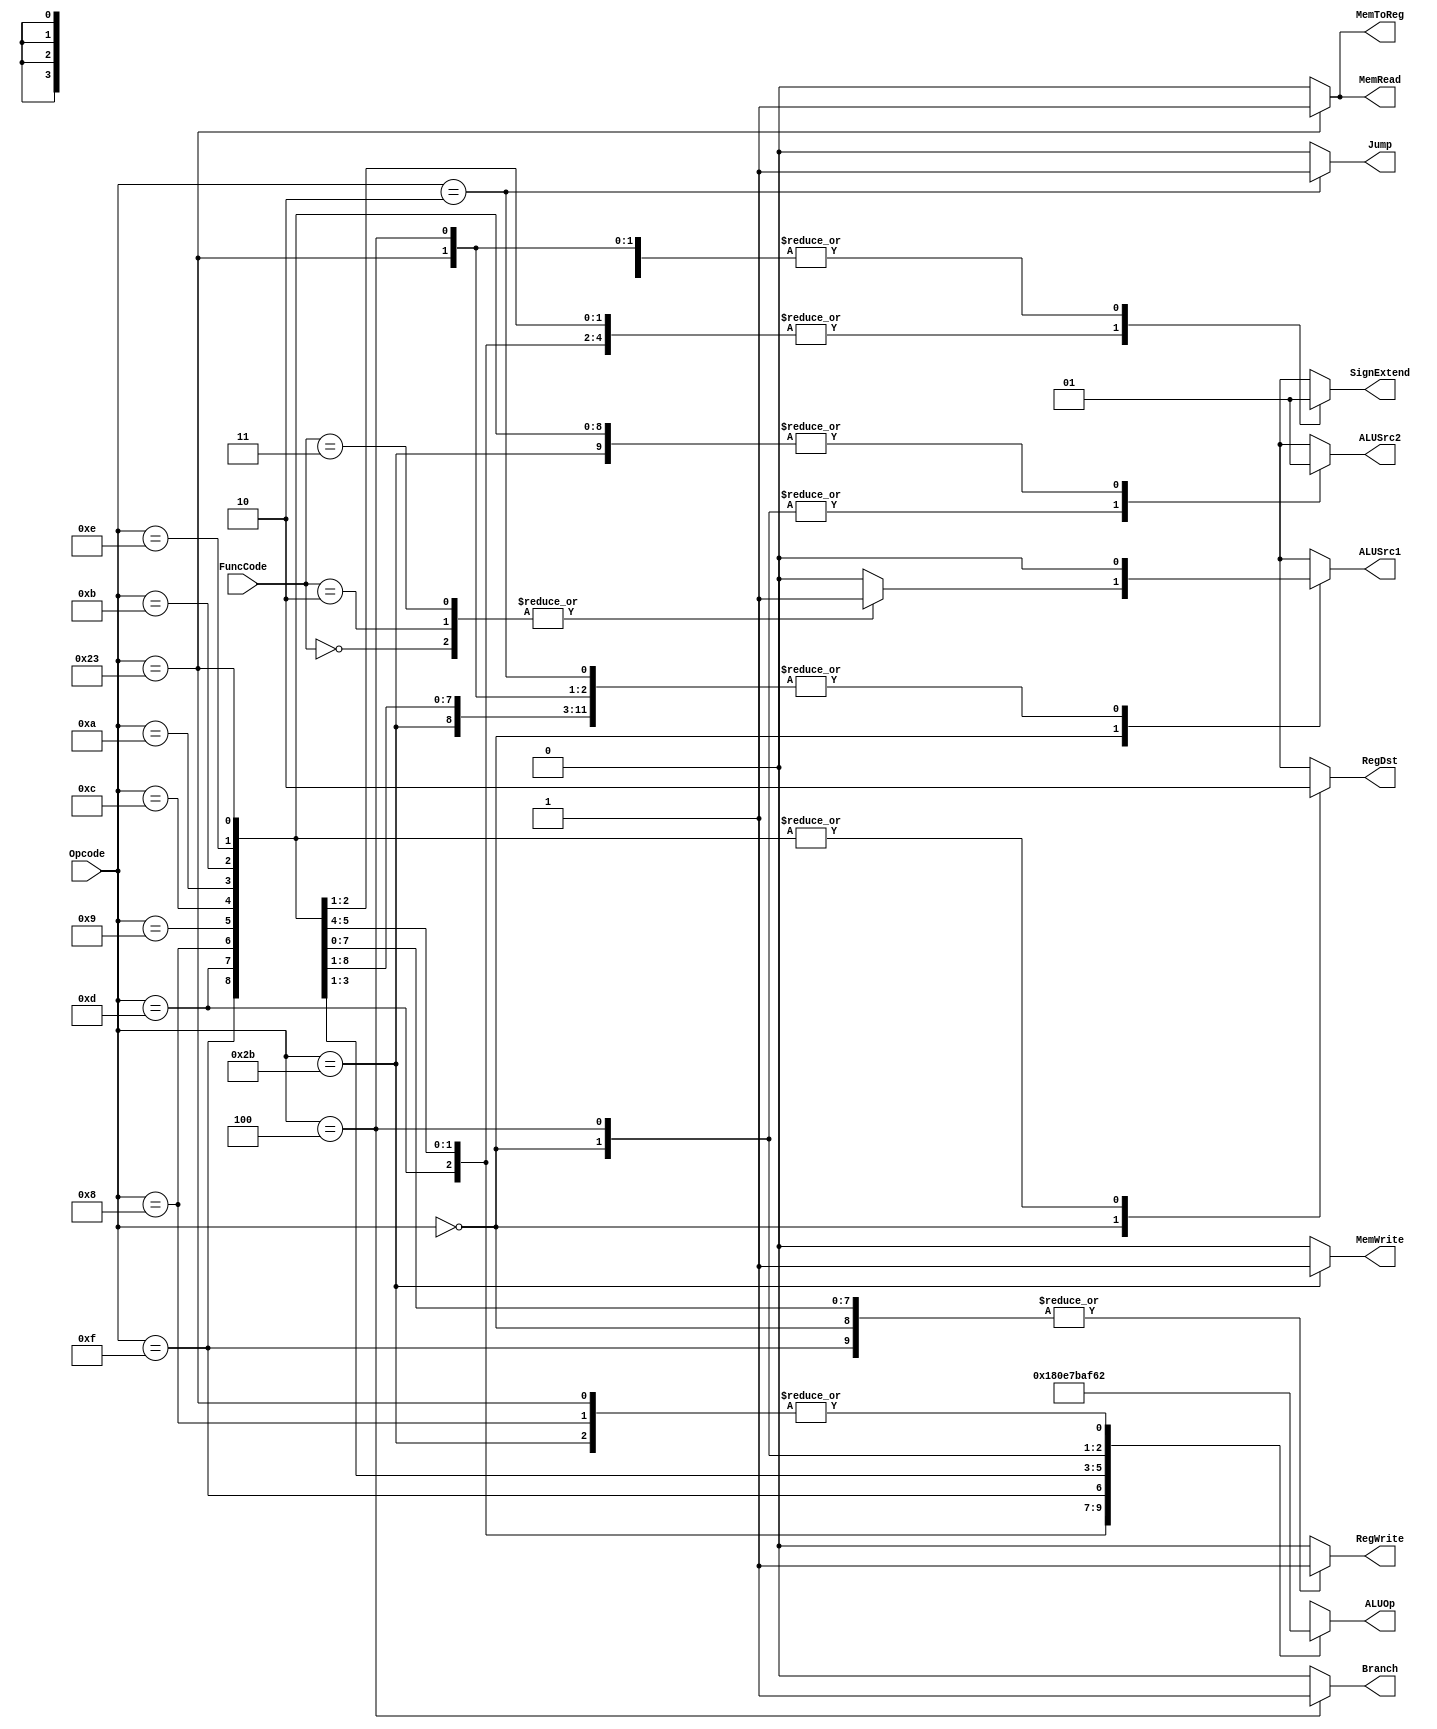
`timescale 1ns / 1ps


`define SLLFunc  6'b000000
`define SRLFunc  6'b000010
`define SRAFunc  6'b000011
`define ADDFunc  6'b100000
`define ADDUFunc 6'b100001
`define SUBFunc  6'b100010
`define SUBUFunc 6'b100011
`define ANDFunc  6'b100100
`define ORFunc   6'b100101
`define XORFunc  6'b100110
`define NORFunc  6'b100111
`define SLTFunc  6'b101010
`define SLTUFunc 6'b101011

`define AND  4'b0000
`define OR   4'b0001
`define ADD  4'b0010
`define SLL  4'b0011
`define SRL  4'b0100
`define SUB  4'b0110
`define SLT  4'b0111
`define ADDU 4'b1000
`define SUBU 4'b1001
`define XOR  4'b1010
`define SLTU 4'b1011
`define NOR  4'b1100
`define SRA  4'b1101
`define LUI  4'b1110

`define RTYPEOPCODE 6'b000000
`define LWOPCODE    6'b100011
`define SWOPCODE    6'b101011
`define BEQOPCODE   6'b000100
`define JOPCODE     6'b000010
`define ORIOPCODE   6'b001101
`define ADDIOPCODE  6'b001000
`define ANDIOPCODE  6'b001100
`define LUIOPCODE   6'b001111
`define SLTIOPCODE  6'b001010
`define XORIOPCODE  6'b001110
`define ADDIUOPCODE 6'b001001
`define SLTIUOPCODE 6'b001011

module SingleCycleControl(RegDst, ALUSrc1,ALUSrc2, MemToReg, RegWrite,
MemRead, MemWrite, Branch, Jump, SignExtend, ALUOp, Opcode, FuncCode);

input wire [5:0] Opcode, FuncCode ;
output reg RegDst, ALUSrc1, ALUSrc2, RegWrite, MemWrite, SignExtend ;
output wire Jump, Branch, MemToReg, MemRead ;
output reg [3:0] ALUOp ;

//assign RegDst      = 1'bx;
//assign ALUSrc1     = 1'bx;
//assign ALUSrc2     = 1'bx;
//assign MemToReg    = 1'bx;
//assign MemRead     = 1'bx;
//assign MemWrite    = 1'bx;
//assign RegWrite    = 1'bx;
//assign Jump        = 1'bx;
//assign Branch      = 1'bx;
//assign SignExtend  = 1'bx;

assign 	Jump       = (Opcode == `JOPCODE   ? 1'b1 : 1'b0 );
assign 	Branch     = (Opcode == `BEQOPCODE ? 1'b1 : 1'b0 );
//assign 	SignExtend = ( (Opcode == `ADDIOPCODE or Opcode == `SLTIOPCODE) ? 1'b1 : 1'b0 );
assign  MemToReg   = ( Opcode == `LWOPCODE ? 1'b1 : 1'b0 );
assign MemRead     = ( Opcode == `LWOPCODE ? 1'b1 : 1'b0 );
//assign  RegDst     = ( Opcode == `RTYPEOPCODE ? 1'b1 : 1'b0 );


always@(*) begin
	
	casex(Opcode)
	`ORIOPCODE  :  begin
		MemWrite  <= 1'b0 ;
		RegWrite   <= 1'b1;
		RegDst <= 1'b0 ;
		ALUOp   <= `OR  ;
		ALUSrc1 <= 1'b0 ;
		ALUSrc2 <= 1'b1 ;
		SignExtend <= 1'b0 ;
	end
	`ADDIOPCODE :  begin
		MemWrite  <= 1'b0 ;
		RegWrite   <= 1'b1;
		RegDst <= 1'b0 ;
		ALUOp   <= `ADD ;
		ALUSrc1 <= 1'b0 ;
		ALUSrc2 <= 1'b1 ;
		SignExtend <= 1'b1 ;
	end
	`ADDIUOPCODE:  begin
		MemWrite  <= 1'b0 ;
		RegWrite   <= 1'b1;
		RegDst <= 1'b0 ;
		ALUOp <= `ADDU  ;
		ALUSrc1 <= 1'b0 ;
		ALUSrc2 <= 1'b1 ;
		SignExtend <= 1'b0 ;
	end
	`ANDIOPCODE :  begin
		MemWrite  <= 1'b0 ;
		RegWrite   <= 1'b1;
		RegDst <= 1'b0 ;
		ALUOp <= `AND   ; 
		ALUSrc1 <= 1'b0 ;
		ALUSrc2 <= 1'b1 ;
		SignExtend <= 1'b0 ;
	end
        `LUIOPCODE  :  begin
		MemWrite  <= 1'b0 ;
		RegWrite   <= 1'b1;
		RegDst <= 1'b0 ;
		ALUOp <= `LUI   ;
		ALUSrc1 <= 1'b0 ;
		ALUSrc2 <= 1'b1 ;
		SignExtend <= 1'bx ;
	end
        `SLTIOPCODE :  begin
		MemWrite  <= 1'b0 ;
		RegWrite   <= 1'b1;
		RegDst <= 1'b0 ;
		ALUOp <= `SLT   ;
		ALUSrc1 <= 1'b0 ;
		ALUSrc2 <= 1'b1 ;
		SignExtend <= 1'b1 ;
	end
        `SLTIUOPCODE:  begin
		MemWrite  <= 1'b0 ;
		RegWrite   <= 1'b1;
		RegDst <= 1'b0 ;
		ALUOp <= `SLTU  ;
		ALUSrc1 <= 1'b0 ;
		ALUSrc2 <= 1'b1 ;
		SignExtend <= 1'b0 ;
	end
        `XORIOPCODE :  begin
		MemWrite  <= 1'b0 ;
		RegWrite   <= 1'b1;
		RegDst <= 1'b0 ;
		ALUOp <= `XOR   ;
		ALUSrc1 <= 1'b0 ;
		ALUSrc2 <= 1'b1 ;
		SignExtend <= 1'b0 ;
	end
	`RTYPEOPCODE:  begin
		MemWrite  <= 1'b0 ;
		RegDst <= 1'b1 ;
		RegWrite   <= 1'b1;
		SignExtend <= 1'bx ;
		ALUOp <= 4'b1111;
		ALUSrc2 <= 1'b0 ;
		case (FuncCode)
		`SLLFunc : begin
			ALUSrc1 <= 1'b1 ;
		end
		`SRLFunc : begin
			ALUSrc1 <= 1'b1 ;
		end
		`SRAFunc : begin
			ALUSrc1 <= 1'b1 ;
		end
		default  : begin
			ALUSrc1 <= 1'b0 ;
		end
		endcase
	end
	`BEQOPCODE: begin
		MemWrite  <= 1'b0 ;
		RegWrite   <= 1'b0;
		RegDst <= 1'bx ;
		ALUOp <= `SUB ;
		ALUSrc2 <= 1'b0 ;
		ALUSrc1 <= 1'b0 ;
		SignExtend <= 1'b1 ;
	end
	`SWOPCODE:  begin
		MemWrite  <= 1'b1 ;
		RegWrite   <= 1'b0;
		RegDst <= 1'bx ;
		ALUOp <= `ADD ;
		SignExtend <= 1'b1 ;
		ALUSrc2 <= 1'b1; 
		ALUSrc1 <= 1'b0 ;
	end
	`LWOPCODE:  begin
		MemWrite  <= 1'b0 ;
		RegWrite   <= 1'b1;
		RegDst <= 1'b0 ;
		ALUOp <= `ADD ;
		SignExtend <= 1'b1 ;
		ALUSrc2 <= 1'b1;
		ALUSrc1 <= 1'b0 ;
	end
	`JOPCODE:  begin
		MemWrite  <= 1'b0 ;
		RegWrite   <= 1'b0;
		RegDst <= 1'bx ;
		ALUOp <= 4'bxxxx;
		SignExtend <= 1'bx;
		ALUSrc1 <= 1'b0;
		ALUSrc2 <= 1'bx ;
	end
	default     :  begin
		MemWrite  <= 1'b0 ;
		RegWrite   <= 1'b0;
		RegDst <= 1'bx ;
		ALUOp <= 4'bxxxx;
		SignExtend <= 1'bx ;
		ALUSrc1 <= 1'bx;
		ALUSrc2 <= 1'bx ;
	end
	endcase
end

endmodule